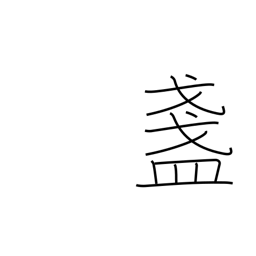
Meaning: sake cup